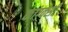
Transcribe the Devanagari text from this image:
कांग्क्सी